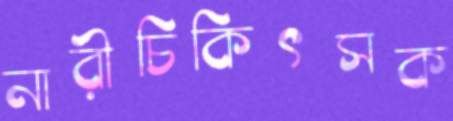
নারীচিকিৎসক